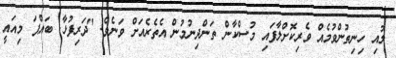
ލުއި ހިނިތުންވުމެއް ވެރިކޮށްލާފައި މުސްކާން ތަންދިނުމުން އެތެރެއަށް ވަނެވެ. "ދަރިފުޅާ. ބައްޕަ މިއައީ